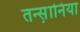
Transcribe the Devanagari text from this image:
तन्स़ानिया